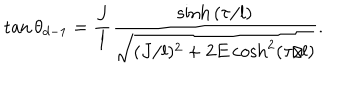
\tan \theta _ { d - 1 } = \frac { J } { l } \frac { \sinh { ( \tau / l ) } } { \sqrt { ( J / l ) ^ { 2 } + 2 E \cosh ^ { 2 } ( \tau / l ) } } .